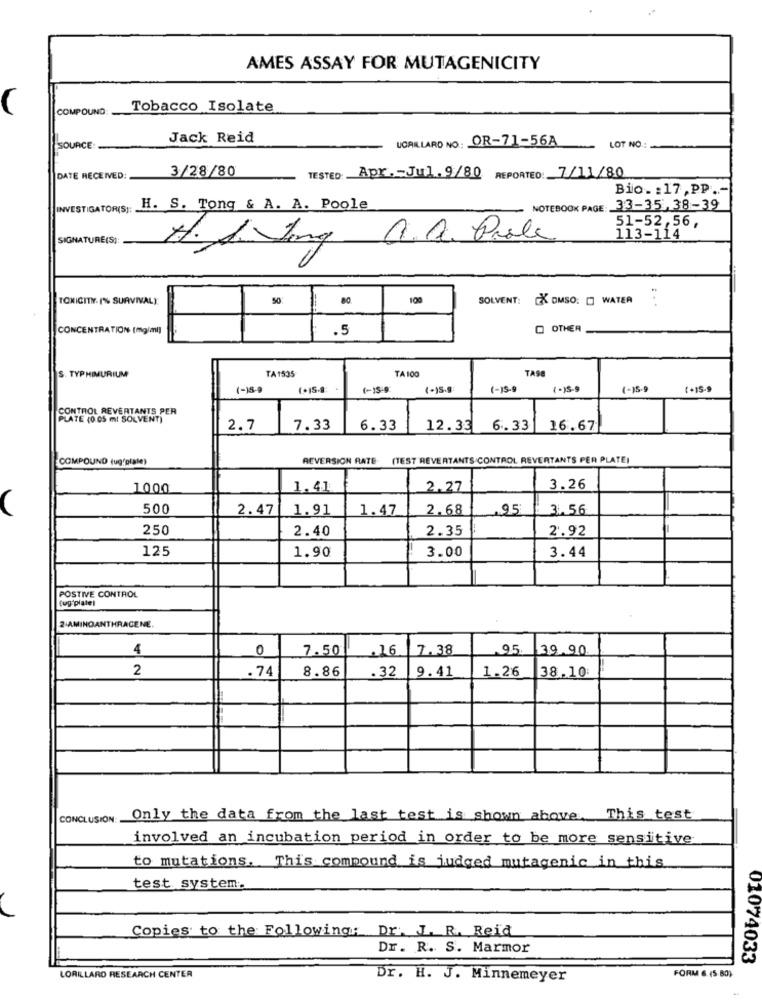
AMES ASSAY FOR MUTAGENICITY
COMPOUND
Tobacco Isolate
Jack Reid
UGAILLARD NO: OR-71-56A
SOURCE
LOT NO.
3/28/80
DATE RECEIVED
TESTED: Apr .- Jul. 9/80 REPORTED: 7/11/80
Bio- : 17, PP.
INVESTIGATOR(S):
H. S. Tong & A. A. Poole
NOTEBOOK PAGE: 33-35, 38-39
51-52,56,
SIGNATURE(S):
a. D. Pale
113-114
H.J Jong
TOXICITY. (% SURVIVAL)
50:
80.
100
SOLVENT: [ DMSO: [ WATER
CONCENTRATION [mg/ml]
.5
O OTHER
S. TYPHIMURIUM
TA 1535
TASE
TA 100
(-)5-0
1- 15:0)
(-15-9
(-1S-9
(-15-9
1 + 15 - 9)
CONTROL REVERTANTS PER
PLATE (0 05 ml SOLVENT)
2.7
7.33
6.33
12.33
6.33
16.67
COMPOUND (uggiate)
REVERSION RATE- (TEST REVERTANTS CONTROL REVERTANTS PER PLATE)
1000
1.41
2.27
3.26
500
2.47
1.91
1.47
2.68
9.5
3.56
250
2.40
2.35
2.92
125
3.00
1.90
3.44
POSTIVE CONTROL
fug platel
2 AMINOANTHRACENE.
4
0
7.50
.16
7.38
95
39.90
2
.74
8.86
.32
9.41
1.26
38.10:
CONCLUSION: Only the data from the last test is shown above. This test
involved an incubation period in order to be more sensitive
to mutations. This compound is judged mutagenic in this
test system.
Copies to the Following: Dr. J. R. Reid
Dr. R. S. Marmor
02074033
LORILLARD RESEARCH CENTER
Dr. H. J. Minnemeyer
FORM 6. (5 80)